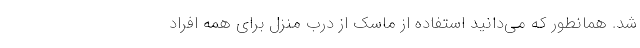
شد. همانطور که می‌دانید استفاده از ماسک از درب منزل برای همه افراد